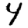
Digit: 4